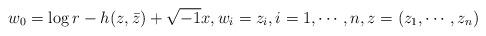
LaTeX: \begin{align*}w_0=\log r-h(z, \bar z)+\sqrt{-1}x, w_i=z_i, i=1, \cdots, n, z=(z_1, \cdots, z_n)\end{align*}